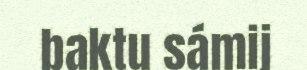
baktu sámij